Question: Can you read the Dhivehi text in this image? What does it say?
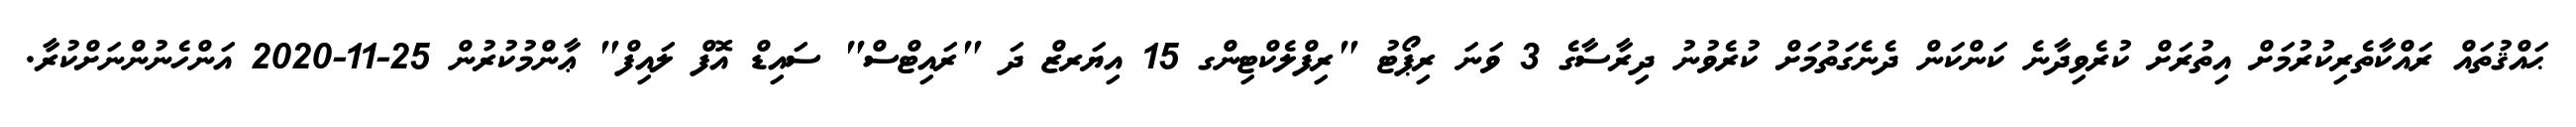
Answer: ޙައްޤުތައް ރައްކާތެރިކުރުމަށް އިތުރަށް ކުރެވިދާނެ ކަންކަން ދެނެގަތުމަށް ކުރެވުނު ދިރާސާގެ 3 ވަނަ ރިޕޯޓު "ރިފްލެކްޓިންގ 15 އިޔަރޒް ދަ "ރައިޓްސް" ސައިޑް އޮފް ލައިފް" ޢާންމުކުރުން 25-11-2020 އަންހެނުންނަށްކުރާ.